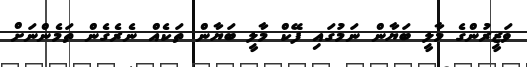
ވަޒީރުންގެ މާލީ ބަޔާން ނަމުގައި ފޭކް މާލީ ބަޔާން ތަކެއް ނެރެގެން ތަމެންނަށް